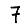
Digit: 7